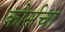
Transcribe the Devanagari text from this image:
कोर्सचा